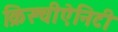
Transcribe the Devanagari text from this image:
क्रिस्चीऐनिटी